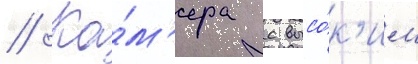
// Ка́м'ера с высо́к'им